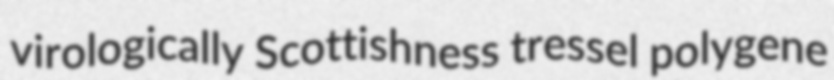
virologically Scottishness tressel polygene